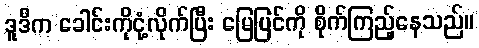
ဒူဒီက ခေါင်းကိုငုံ့လိုက်ပြီး မြေပြင်ကို စိုက်ကြည့်နေသည်။